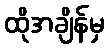
ထိုအချိန်မှ